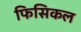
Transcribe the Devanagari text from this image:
फिसिकल